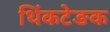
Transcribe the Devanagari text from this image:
थिंकटेङक